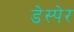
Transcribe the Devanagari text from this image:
डेस्पेर